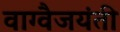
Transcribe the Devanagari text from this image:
वाग्वैजयंती